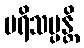
ပရိသပ္ပန္တိ